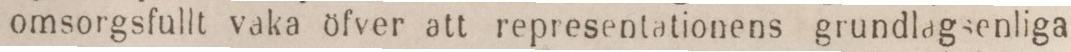
omsorgsfullt vaka öfver att representationens grundlagsenliga